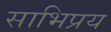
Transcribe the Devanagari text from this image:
साभिप्रय